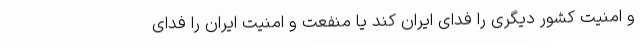
و امنیت کشور دیگری را فدای ایران کند یا منفعت و امنیت ایران را فدای